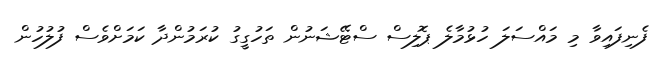
ފެނިފައިވާ މި މައްސަލަ ހުޅުމާލެ ޕޮލިސް ސްޓޭޝަނުން ތަހުގީގު ކުރަމުންދާ ކަމަށްވެސް ފުލުހުން